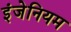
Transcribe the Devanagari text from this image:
इंजेनियम